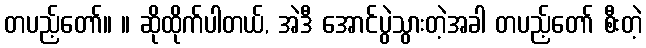
တပည့်တော်။ ။ ဆိုထိုက်ပါတယ်, အဲဒီ အောင်ပွဲသွားတဲ့အခါ တပည့်တော် စီးတဲ့